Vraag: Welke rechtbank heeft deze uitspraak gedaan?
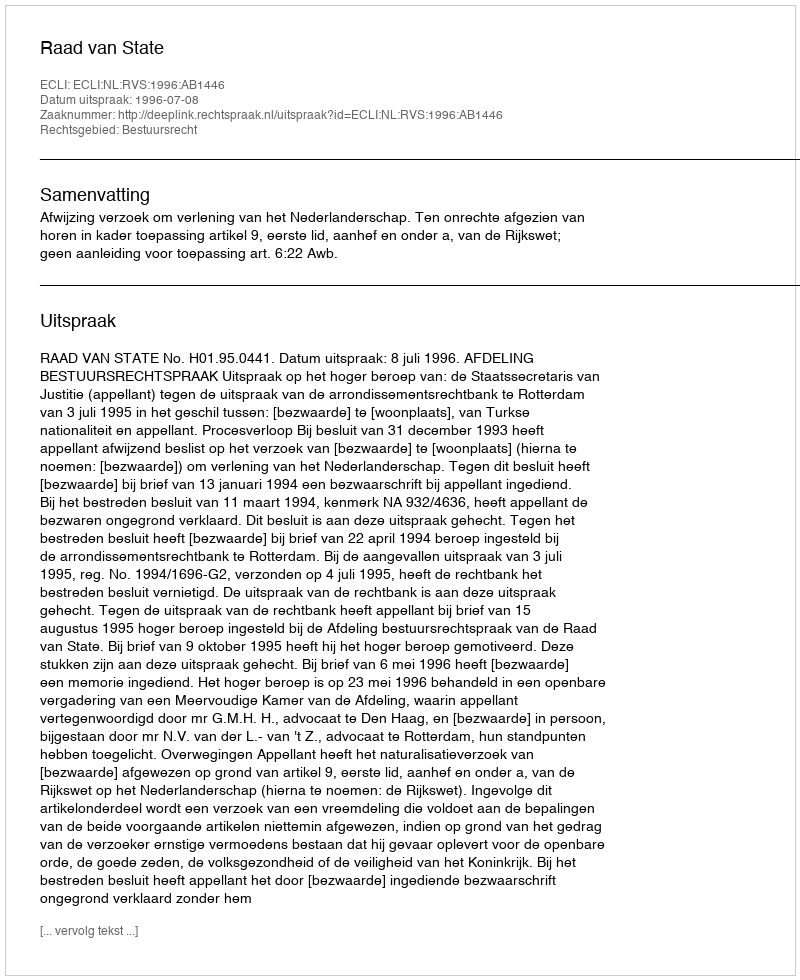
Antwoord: Raad van State